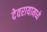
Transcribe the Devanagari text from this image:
देवरायामध्ये